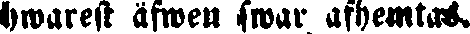
hwarest äfwen swar afhemtas.